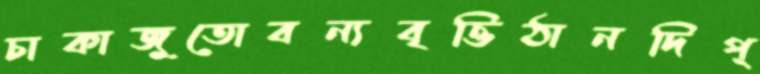
চাকাজুতোবন্যবৃত্তিঠানদিপ্